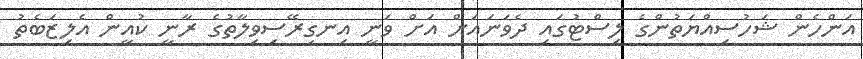
އަންހެން ޝަހުސިއްޔަތުންގެ ލިސްޓުގައި ދެވަނައަށް އަށް ވަނީ އިނގިރޭސިވިލާތުގެ ރާނީ ކުއީން އެލިޒަބެތު